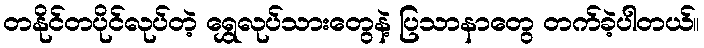
တနိုင်တပိုင်လုပ်တဲ့ ရွှေလုပ်သားတွေနဲ့ ပြသာနာတွေ တက်ခဲ့ပါတယ်။